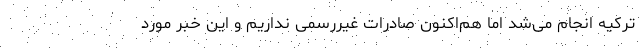
ترکیه انجام می‌شد اما هم‌اکنون صادرات غیررسمی نداریم و این خبر مورد